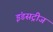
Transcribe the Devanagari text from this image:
इंडसट्रीज